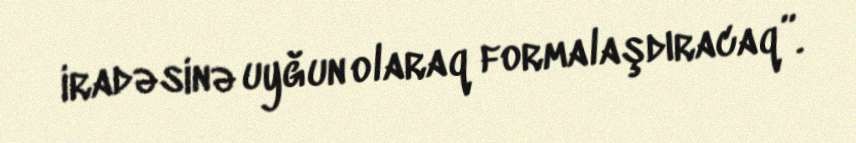
iradəsinə uyğun olaraq formalaşdıracaq”.